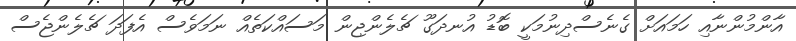
އާންމުންނާއި ހަމައަށް ގެނެސްދިނުމަކީ ބޮޑު އުނދަގޫ ޗެލެންޖިން މަސައްކަތެއް ނަމަވެސް އެފަދަ ޗެލެންޖެސް